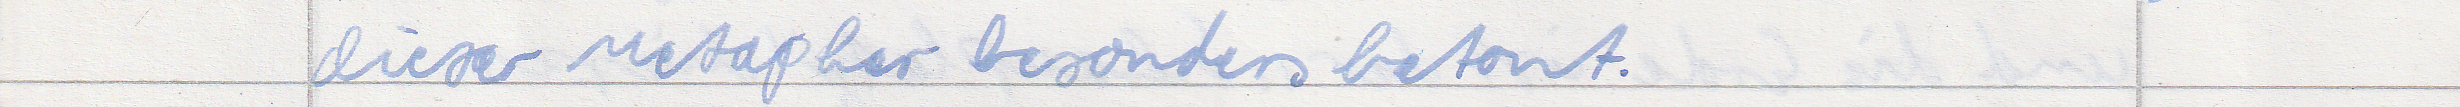
dieser Metapher besonders betont.